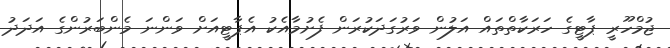
ޖުމްހޫރީ ޕާޓީގެ ހަރަކާތްތައް އަލުން ވަރުގަދަކުރަން ފެށުމާއެކު އެޕާޓީއަށް ވަންނަ މެންބަރުންގެ އަދަދު